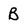
Character: B